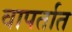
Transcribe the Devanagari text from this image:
वापर्तात